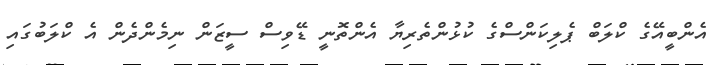
އެންބީއޭގެ ކްލަބް ޕެލިކަންސްގެ ކުޅުންތެރިޔާ އެންތޮނީ ޑޭވިސް ސީޒަން ނިމެންދެން އެ ކްލަބުގައި